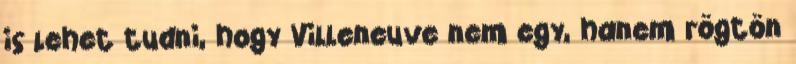
is lehet tudni, hogy Villeneuve nem egy, hanem rögtön